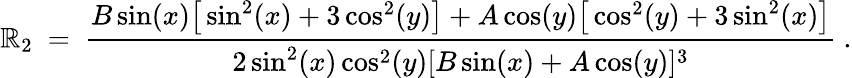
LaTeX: \mathbb{R}_{2}\ =\ \frac{{B\sin(x)\big[\sin^{2}(x)+3\cos^{2}(y)\big]+A\cos(y)\big[\cos^{2}(y)+3\sin^{2}(x)\big]}}{{2\sin^{2}(x)\cos^{2}(y)[B\sin(x)+A\cos(y)]^{3}}}~.